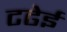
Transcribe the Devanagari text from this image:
टढेई